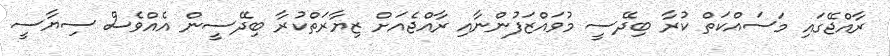
ރާއްޖޭގައި މަސައްކަތް ކުރާ ބިދޭސީ މުވައްޒަފުންނާއި ރާއްޖެއަށް ޒިޔާރަތްކުރާ ބިދޭސީން އެއްވެސް ސިޔާސީ